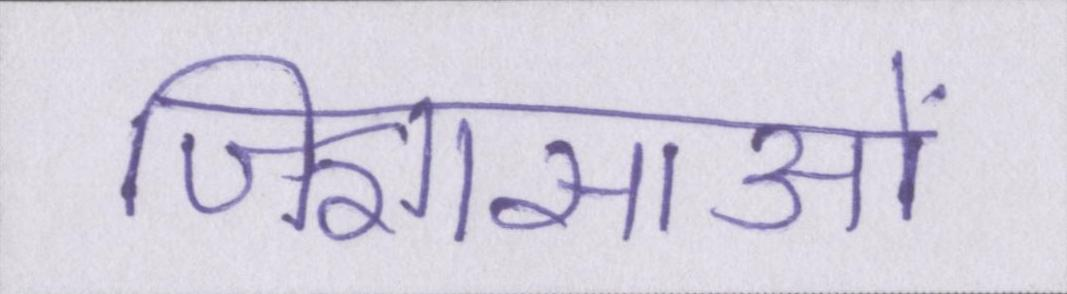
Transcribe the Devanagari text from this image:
जिज्ञासाओं